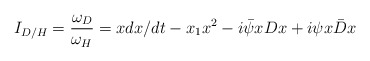
\begin{align*}I_{D/H}= \frac{\omega _{D}}{\omega _{H}}=xdx/dt-x_1x^2-i\bar{\psi}x Dx+i\psi x\bar{D}x\end{align*}